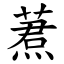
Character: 蔒